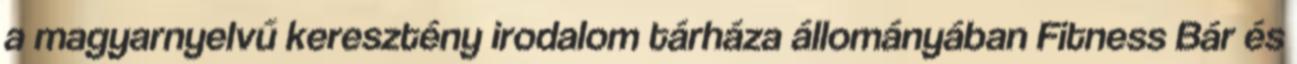
a magyarnyelvű keresztény irodalom tárháza állományában Fitness Bár és